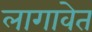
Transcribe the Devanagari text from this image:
लागावेत